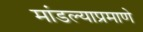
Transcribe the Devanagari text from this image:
मांडल्याप्रमाणे